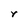
Character: Y